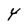
Character: Y